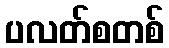
ပလတ်စတစ်